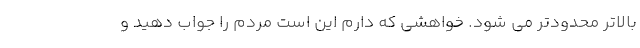
بالاتر محدودتر می شود. خواهشی که دارم این است مردم را جواب دهید و